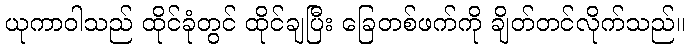
ယုကာဝါသည် ထိုင်ခုံတွင် ထိုင်ချပြီး ခြေတစ်ဖက်ကို ချိတ်တင်လိုက်သည်။